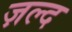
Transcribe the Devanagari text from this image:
ज़ल्द